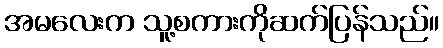
အမလေးက သူ့စကားကိုဆက်ပြန်သည်။